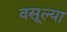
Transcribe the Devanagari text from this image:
वसूल्या